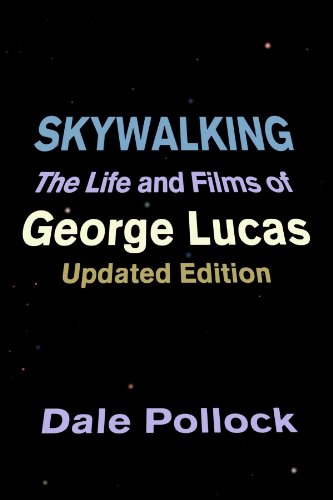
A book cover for Skywalking: The Life And Films Of George Lucas, Updated Edition; Dale Pollock; Humor & Entertainment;